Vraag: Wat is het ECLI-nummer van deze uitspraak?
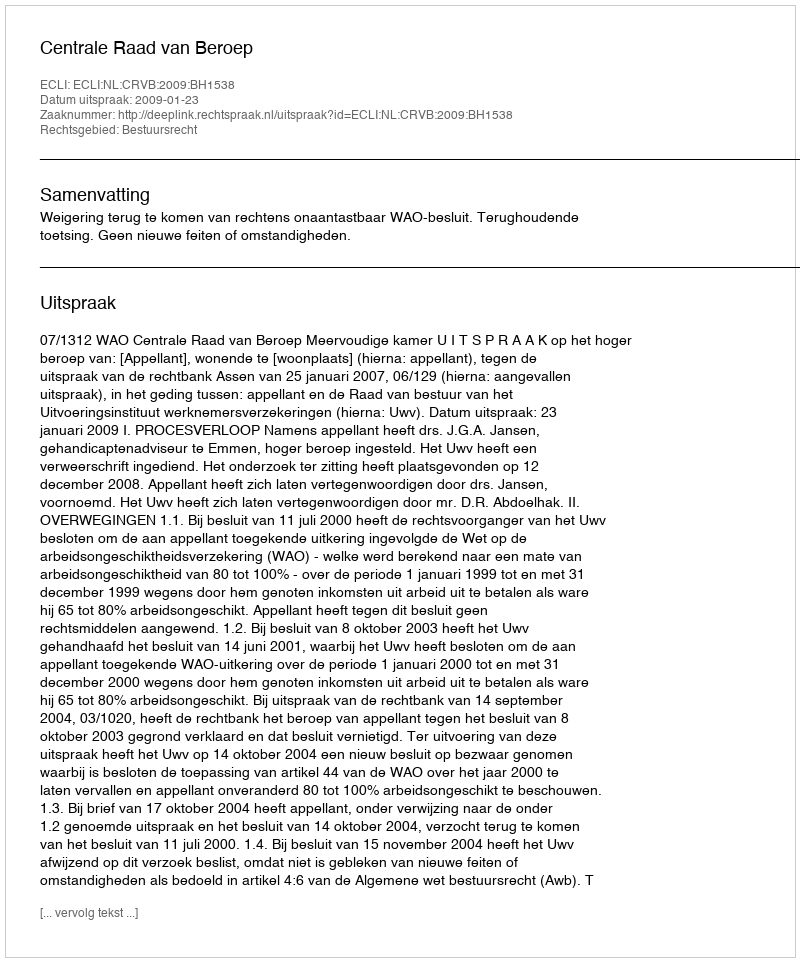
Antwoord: ECLI:NL:CRVB:2009:BH1538